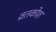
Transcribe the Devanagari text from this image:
व्रतकोश